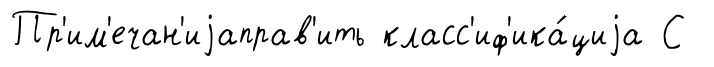
Пр'им'ечан'иjаправ'ить класс'иф'ика́циjа С